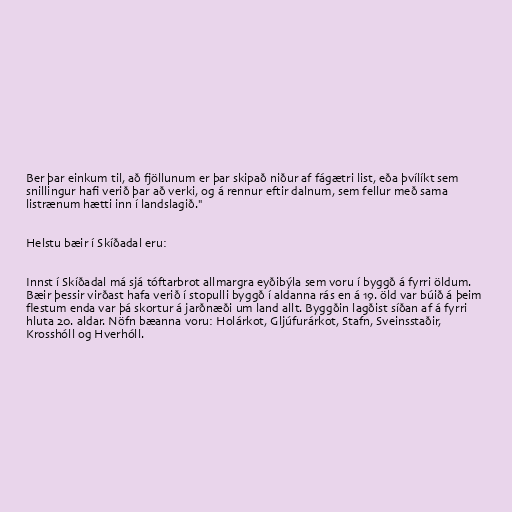
Ber þar einkum til, að fjöllunum er þar skipað niður af fágætri list, eða þvílíkt sem
snillingur hafi verið þar að verki, og á rennur eftir dalnum, sem fellur með sama
listrænum hætti inn í landslagið."

Helstu bæir í Skíðadal eru:

Innst í Skíðadal má sjá tóftarbrot allmargra eyðibýla sem voru í byggð á fyrri öldum.
Bæir þessir virðast hafa verið í stopulli byggð í aldanna rás en á 19. öld var búið á þeim
flestum enda var þá skortur á jarðnæði um land allt. Byggðin lagðist síðan af á fyrri
hluta 20. aldar. Nöfn bæanna voru: Holárkot, Gljúfurárkot, Stafn, Sveinsstaðir,
Krosshóll og Hverhóll.